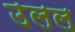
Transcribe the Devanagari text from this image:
उलल